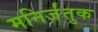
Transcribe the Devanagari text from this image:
मनिर्जंतुक